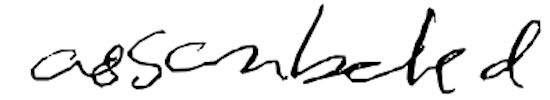
Text: assembled
Cross-out: clean
Writing tool: digital_black